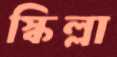
স্কিল্লা